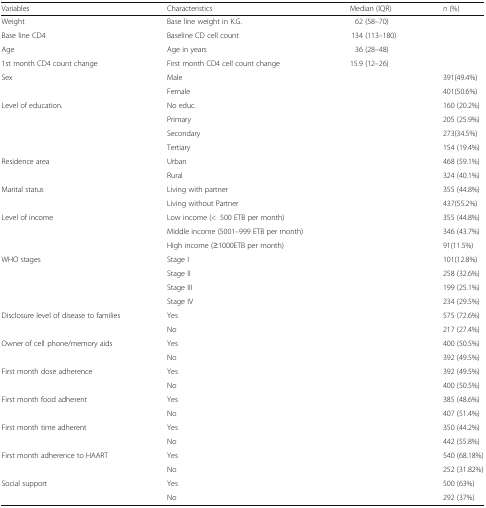
<table><thead><tr><td><b>Variables</b></td><td><b>Characteristics</b></td><td><b>Median (IQR)</b></td><td><b><i>n</i> (%)</b></td></tr></thead><tbody><tr><td>Weight</td><td>Base line weight in K.G.</td><td>62 (58–70)</td><td></td></tr><tr><td>Base line CD4</td><td>Baseline CD cell count</td><td>134 (113–180)</td><td></td></tr><tr><td>Age</td><td>Age in years</td><td>36 (28–48)</td><td></td></tr><tr><td>1st month CD4 count change</td><td>First month CD4 cell count change</td><td>15.9 (12–26)</td><td></td></tr><tr><td rowspan="2">Sex</td><td>Male</td><td></td><td>391(49.4%)</td></tr><tr><td>Female</td><td></td><td>401(50.6%)</td></tr><tr><td rowspan="4">Level of education.</td><td>No educ.</td><td></td><td>160 (20.2%)</td></tr><tr><td>Primary</td><td></td><td>205 (25.9%)</td></tr><tr><td>Secondary</td><td></td><td>273(34.5%)</td></tr><tr><td>Tertiary</td><td></td><td>154 (19.4%)</td></tr><tr><td rowspan="2">Residence area</td><td>Urban</td><td></td><td>468 (59.1%)</td></tr><tr><td>Rural</td><td></td><td>324 (40.1%)</td></tr><tr><td rowspan="2">Marital status</td><td>Living with partner</td><td></td><td>355 (44.8%)</td></tr><tr><td>Living without Partner</td><td></td><td>437(55.2%)</td></tr><tr><td rowspan="3">Level of income</td><td>Low income (&lt;500 ETB per month)</td><td></td><td>355 (44.8%)</td></tr><tr><td>Middle income (5001–999 ETB per month)</td><td></td><td>346 (43.7%)</td></tr><tr><td>High income (≥1000ETB per month)</td><td></td><td>91(11.5%)</td></tr><tr><td rowspan="4">WHO stages</td><td>Stage I</td><td></td><td>101(12.8%)</td></tr><tr><td>Stage II</td><td></td><td>258 (32.6%)</td></tr><tr><td>Stage III</td><td></td><td>199 (25.1%)</td></tr><tr><td>Stage IV</td><td></td><td>234 (29.5%)</td></tr><tr><td rowspan="2">Disclosure level of disease to families</td><td>Yes</td><td></td><td>575 (72.6%)</td></tr><tr><td>No</td><td></td><td>217 (27.4%)</td></tr><tr><td rowspan="2">Owner of cell phone/memory aids</td><td>Yes</td><td></td><td>400 (50.5%)</td></tr><tr><td>No</td><td></td><td>392 (49.5%)</td></tr><tr><td rowspan="2">First month dose adherence</td><td>Yes</td><td></td><td>392 (49.5%)</td></tr><tr><td>No</td><td></td><td>400 (50.5%)</td></tr><tr><td rowspan="2">First month food adherent</td><td>Yes</td><td></td><td>385 (48.6%)</td></tr><tr><td>No</td><td></td><td>407 (51.4%)</td></tr><tr><td rowspan="2">First month time adherent</td><td>Yes</td><td></td><td>350 (44.2%)</td></tr><tr><td>No</td><td></td><td>442 (55.8%)</td></tr><tr><td rowspan="2">First month adherence to HAART</td><td>Yes</td><td></td><td>540 (68.18%)</td></tr><tr><td>No</td><td></td><td>252 (31.82%)</td></tr><tr><td rowspan="2">Social support</td><td>Yes</td><td></td><td>500 (63%)</td></tr><tr><td>No</td><td></td><td>292 (37%)</td></tr></tbody></table>